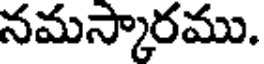
నమస్కారము.